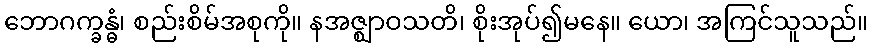
ဘောဂက္ခန္ဓံ၊ စည်းစိမ်အစုကို။ နအဇ္ဈာဝသတိ၊ စိုးအုပ်၍မနေ။ ယော၊ အကြင်သူသည်။